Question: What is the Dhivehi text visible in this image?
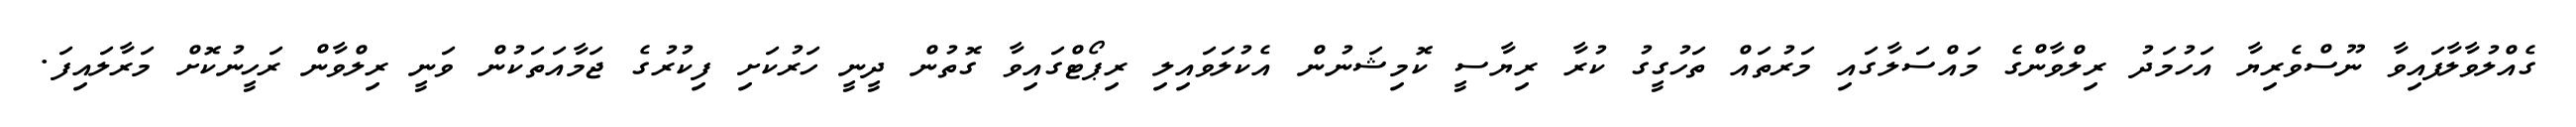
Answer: ގެއްލުވާލާފައިވާ ނޫސްވެރިޔާ އަހުމަދު ރިލްވާންގެ މައްސަލާގައި މަރުތައް ތަހުގީގު ކުރާ ރިޔާސީ ކޮމިޝަނުން އެކުލަވައިލި ރިޕޯޓްގައިވާ ގޮތުން ދީނީ ހަރުކަށި ފިކުރުގެ ޖަމާއަތަކުން ވަނީ ރިލްވާން ރަހީނުކޮށް މަރާލައިފަ.